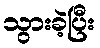
သွားခဲ့ပြီး